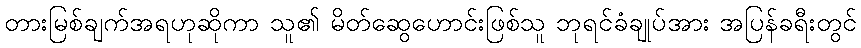
တားမြစ်ချက်အရဟုဆိုကာ သူ၏ မိတ်ဆွေဟောင်းဖြစ်သူ ဘုရင်ခံချုပ်အား အပြန်ခရီးတွင်